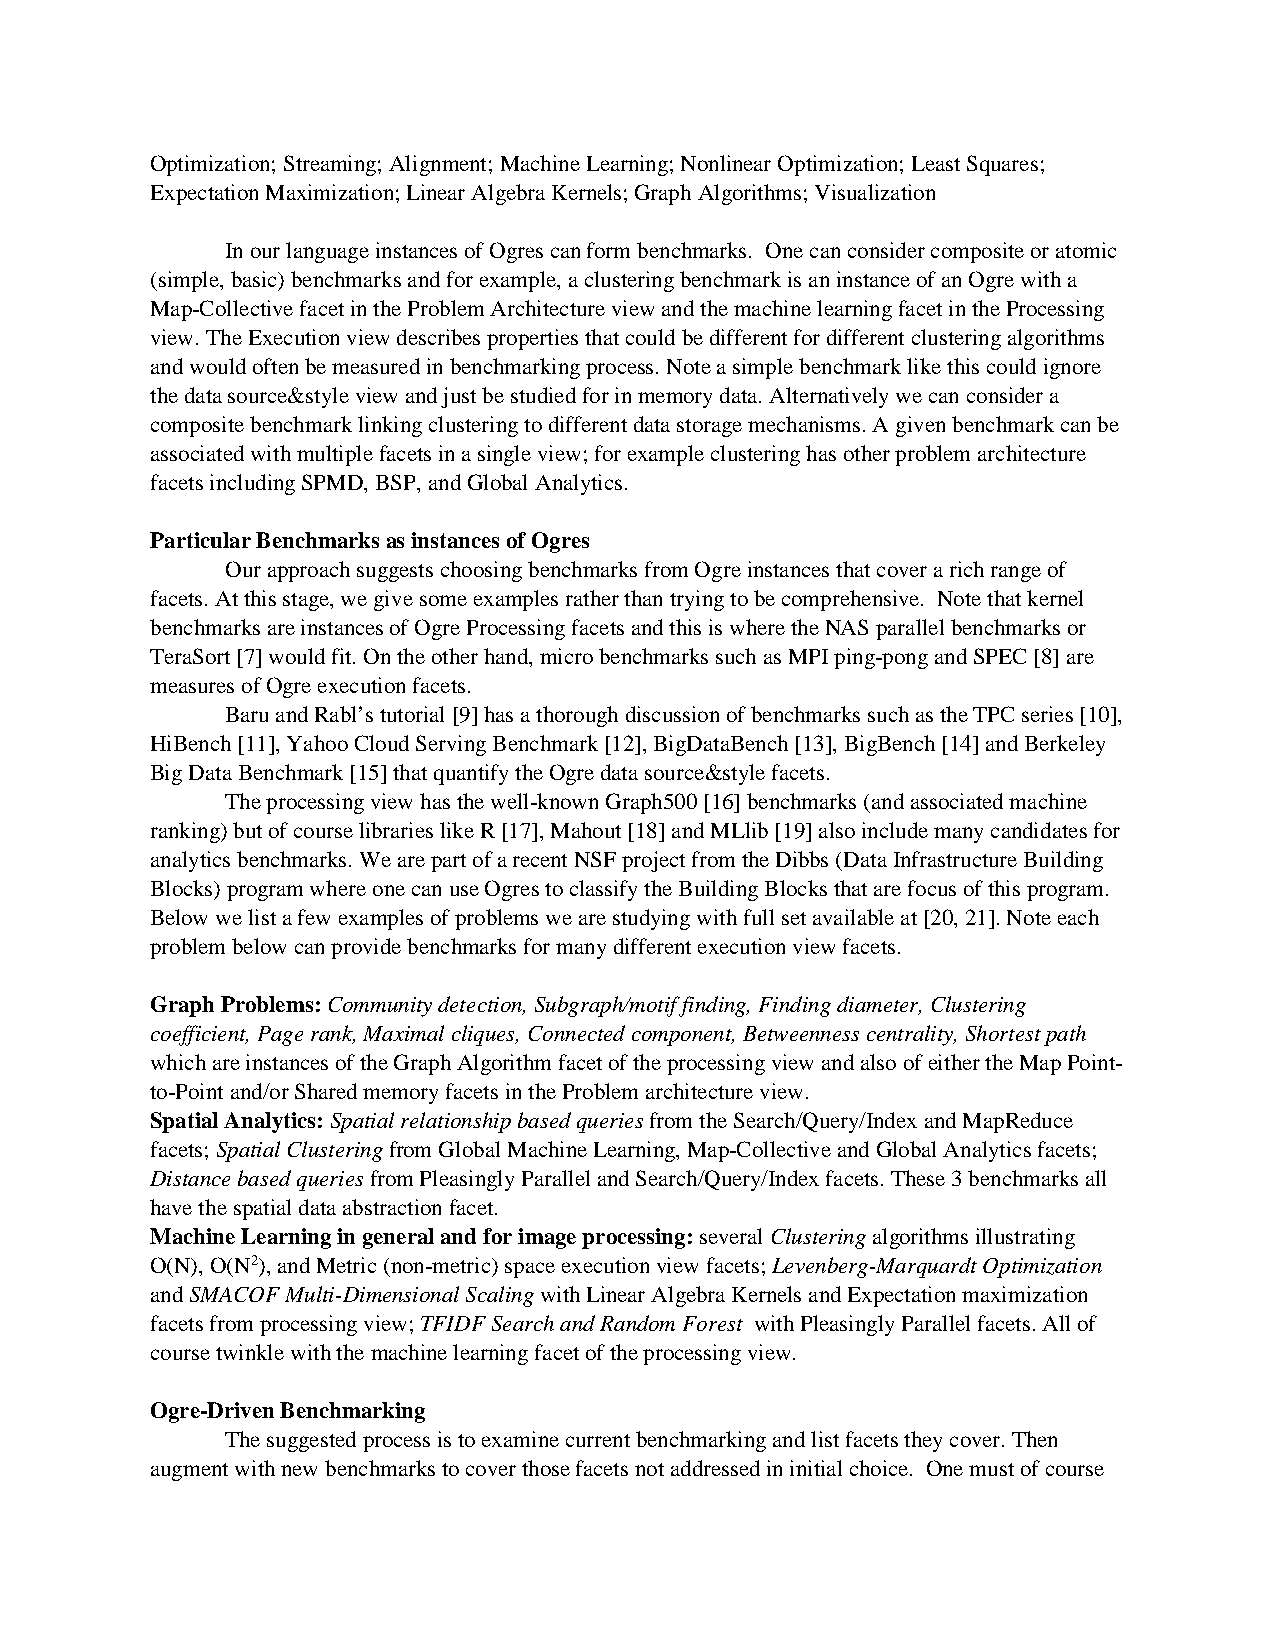
Optimization; Streaming; Alignment; Machine Learning; Nonlinear Optimization; Least Squares;
 Expectation Maximization; Linear Algebra Kernels; Graph Algorithms; Visualization
 In our language instances of Ogres can form benchmarks. One can consider composite or atomic
 (simple, basic) benchmarks and for example, a clustering benchmark is an instance of an Ogre with a
 Map-Collective facet in the Problem Architecture view and the machine learning facet in the Processing
 view. The Execution view describes properties that could be different for different clustering algorithms
 and would often be measured in benchmarking process. Note a simple benchmark like this could ignore
 the data source&style view and just be studied for in memory data. Alternatively we can consider a
 composite benchmark linking clustering to different data storage mechanisms. A given benchmark can be
 associated with multiple facets in a single view; for example clustering has other problem architecture
 facets including SPMD, BSP, and Global Analytics.
 Particular Benchmarks as instances of Ogres
 Our approach suggests choosing benchmarks from Ogre instances that cover a rich range of
 facets. At this stage, we give some examples rather than trying to be comprehensive. Note that kernel
 benchmarks are instances of Ogre Processing facets and this is where the NAS parallel benchmarks or
 TeraSort [7] would fit. On the other hand, micro benchmarks such as MPI ping-pong and SPEC [8] are
 measures of Ogre execution facets.
 Baru and Rabl’s tutorial [9] has a thorough discussion of benchmarks such as the TPC series [10],
 HiBench [11], Yahoo Cloud Serving Benchmark [12], BigDataBench [13], BigBench [14] and Berkeley
 Big Data Benchmark [15] that quantify the Ogre data source&style facets.
 The processing view has the well-known Graph500 [16] benchmarks (and associated machine
 ranking) but of course libraries like R [17], Mahout [18] and MLlib [19] also include many candidates for
 analytics benchmarks. We are part of a recent NSF project from the Dibbs (Data Infrastructure Building
 Blocks) program where one can use Ogres to classify the Building Blocks that are focus of this program.
 Below we list a few examples of problems we are studying with full set available at [20, 21]. Note each
 problem below can provide benchmarks for many different execution view facets.
 Graph Problems: Community detection, Subgraph/motif finding, Finding diameter, Clustering
 coefficient, Page rank, Maximal cliques, Connected component, Betweenness centrality, Shortest path
 which are instances of the Graph Algorithm facet of the processing view and also of either the Map Point-
 to-Point and/or Shared memory facets in the Problem architecture view.
 Spatial Analytics: Spatial relationship based queries from the Search/Query/Index and MapReduce
 facets; Spatial Clustering from Global Machine Learning, Map-Collective and Global Analytics facets;
 Distance based queries from Pleasingly Parallel and Search/Query/Index facets. These 3 benchmarks all
 have the spatial data abstraction facet.
 Machine Learning in general and for image processing: several Clustering algorithms illustrating
 O(N), O(N2), and Metric (non-metric) space execution view facets; Levenberg-Marquardt Optimization
 and SMACOF Multi-Dimensional Scaling with Linear Algebra Kernels and Expectation maximization
 facets from processing view; TFIDF Search and Random Forest with Pleasingly Parallel facets. All of
 course twinkle with the machine learning facet of the processing view.
 Ogre-Driven Benchmarking
 The suggested process is to examine current benchmarking and list facets they cover. Then
 augment with new benchmarks to cover those facets not addressed in initial choice. One must of course